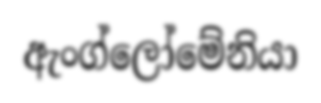
ඇංග්ලෝමේනියා